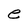
Character: e